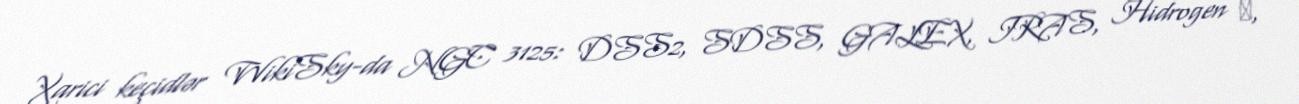
Xarici keçidlər WikiSky-da NGC 3125: DSS2, SDSS, GALEX, IRAS, Hidrogen α,